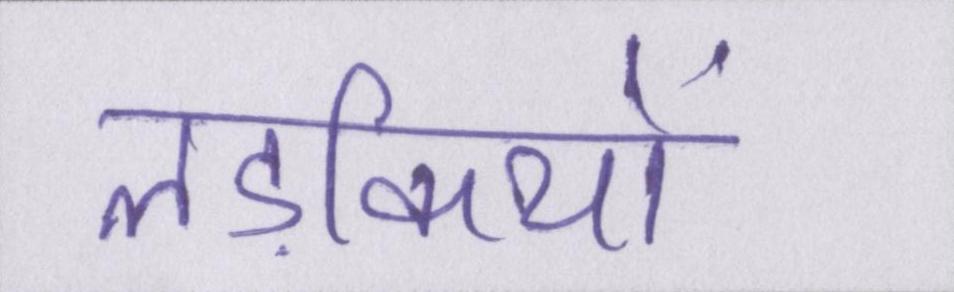
लड़कियों